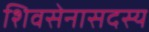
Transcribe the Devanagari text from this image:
शिवसेनासदस्य